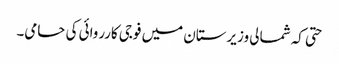
حتی کہ شمالی وزیرستان میں فوجی کارروائی کی حامی۔